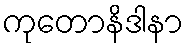
ကုတောနိဒါနာ